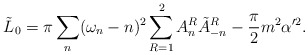
\begin{align*}\tilde{L}_0=\pi\sum_n(\omega_n-n)^2\sum_{R=1}^{2}A_n^R\tilde{A}_{-n}^R-\frac{\pi}{2}m^2\alpha'^2.\end{align*}